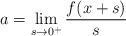
LaTeX: \begin{align*}a=\lim_{s\to 0^+}\frac{f(x+s)}{s}\end{align*}